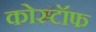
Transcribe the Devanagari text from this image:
कोस्टॉफ